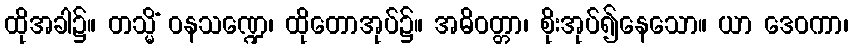
ထိုအခါ၌။ တသ္မိံ ဝနသဏ္ဍေ၊ ထိုတောအုပ်၌။ အဓိဝတ္တာ၊ စိုးအုပ်၍နေသော။ ယာ ဒေဝကာ၊